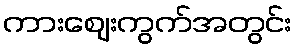
ကားဈေးကွက်အတွင်း